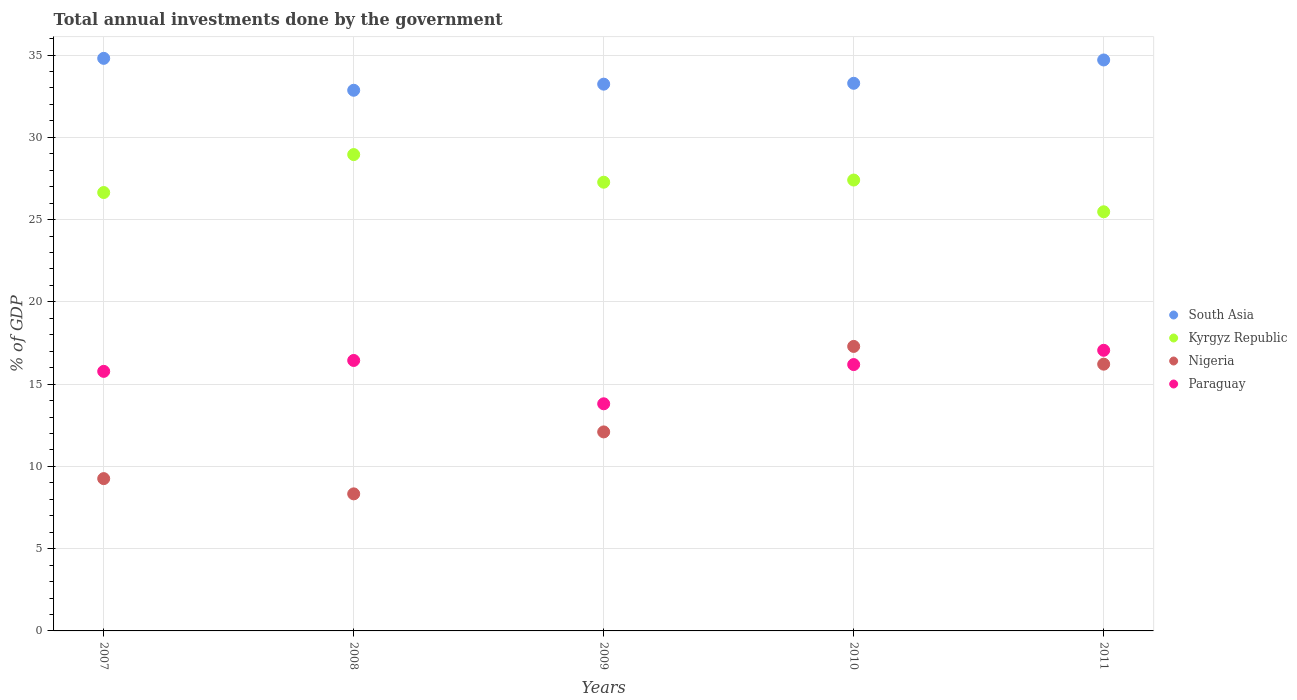
| Years | South Asia | Kyrgyz Republic | Nigeria | Paraguay |
 | --- | --- | --- | --- | --- |
 | 2007 | 34.8 | 26.6 | 9.26 | 15.8 |
 | 2008 | 32.9 | 28.9 | 8.33 | 16.4 |
 | 2009 | 33.2 | 27.3 | 12.1 | 13.8 |
 | 2010 | 33.3 | 27.4 | 17.3 | 16.2 |
 | 2011 | 34.7 | 25.5 | 16.2 | 17.1 |